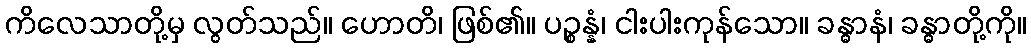
ကိလေသာတို့မှ လွတ်သည်။ ဟောတိ၊ ဖြစ်၏။ ပဉ္စန္နံ၊ ငါးပါးကုန်သော။ ခန္ဓာနံ၊ ခန္ဓာတို့ကို။